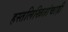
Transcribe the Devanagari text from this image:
हस्तलिखितांचाही